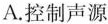
A. 控制声源